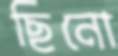
ছিনো